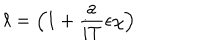
\ell = \left( 1 + \frac { a } { i T } \epsilon \chi \right)